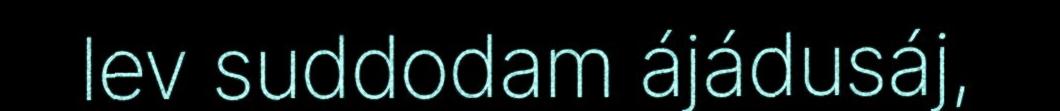
lev suddodam ájádusáj,